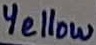
Text: Yellow